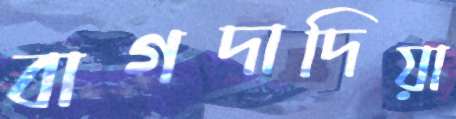
বাগদাদিয়া